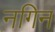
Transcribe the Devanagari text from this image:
नगिन